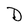
Character: D